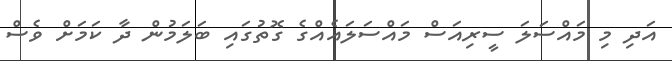
އަދި މި މައްސަލަ ސީރިއަސް މައްސަލައެއްގެ ގޮތުގައި ބަލަމުން ދާ ކަމަށް ވެސް